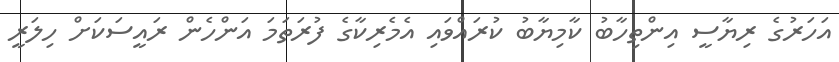
އަހަރުގެ ރިޔާސީ އިންތިހާބު ކާމިޔާބު ކުރައްވައި އެމެރިކާގެ ފުރަތަމަ އަންހެން ރައީސަކަށް ހިލަރީ